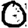
Digit: 0